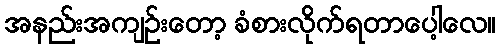
အနည်းအကျဉ်းတော့ ခံစားလိုက်ရတာပေါ့လေ။